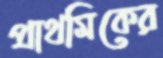
প্রাথমিকের